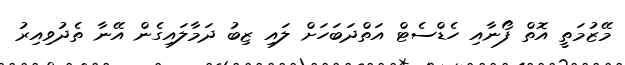
މޭޒުމަތީ އޮތް ފޯނާއި ހެޑްސެޓް އަތްދަބަހަށް ލައި ޒިބު ދަމާލައިގެން އޭނާ ތެދުވިއިރު